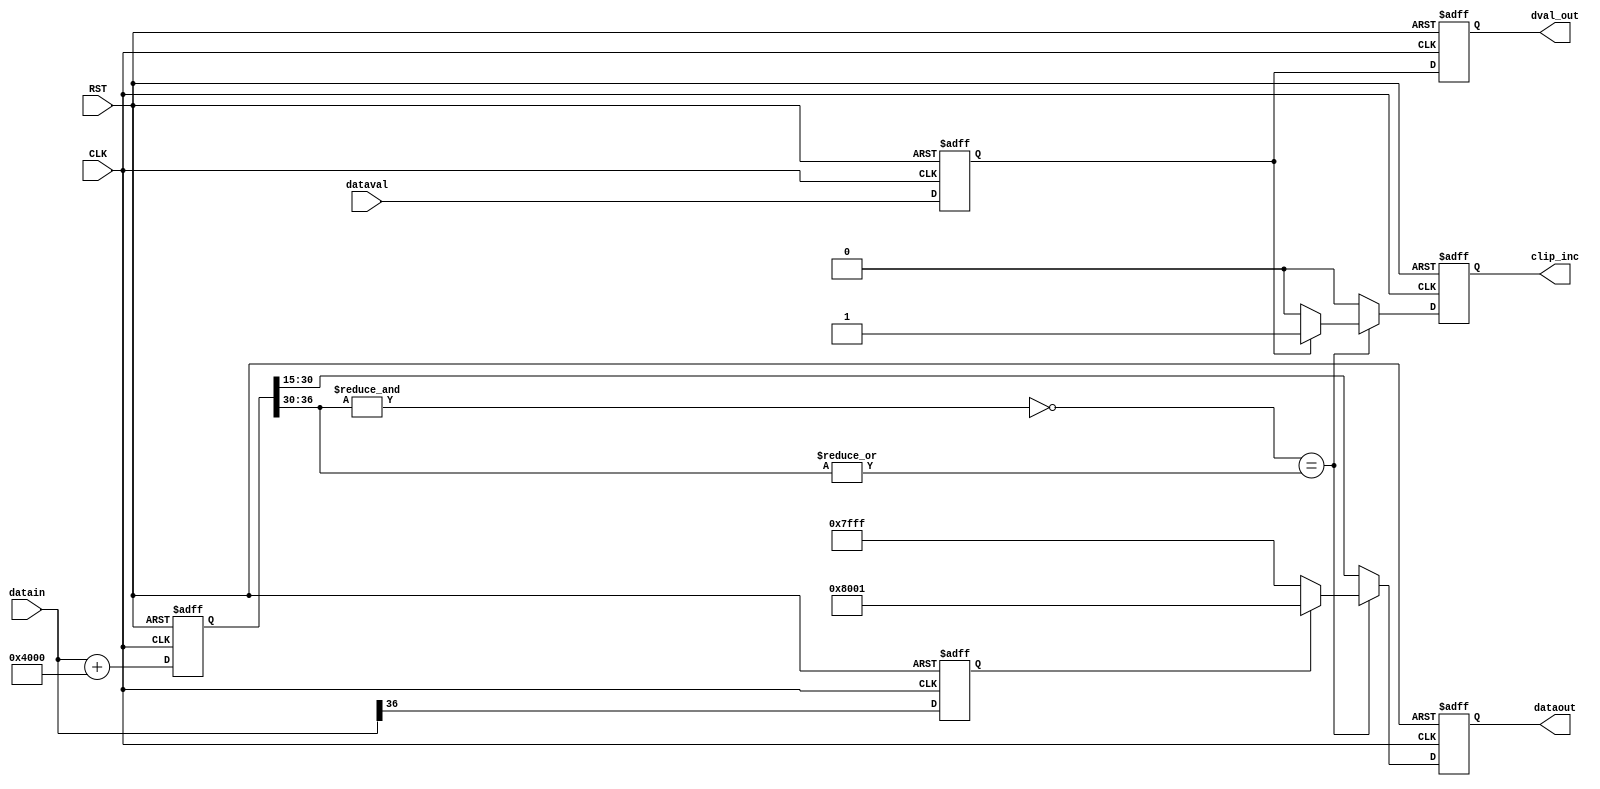
module FinitePrecRndNrst
#(
  parameter   C_IN_SZ=37,
              C_OUT_SZ=16,
              C_FRAC_SZ=15      
)
(   input wire                         CLK,
    input wire                         RST,
    input wire  signed [C_IN_SZ-1:0]   datain,
    input wire                         dataval,
    output wire signed [C_OUT_SZ-1:0]  dataout,                        
    output reg                         clip_inc,
    output reg                         dval_out
 );
   wire                                 sign;
   wire signed [C_IN_SZ-1:0]            rc_val;
   reg  signed [C_IN_SZ-1:0]            data_round_f;
   wire signed [C_IN_SZ-C_FRAC_SZ-1:0]  data_round;
   reg  signed [C_OUT_SZ-1:0]           data_rs;
   reg                                  dataval_d1;     
   reg                                  sign_d1;
   assign sign = datain[C_IN_SZ-1];
   assign rc_val = { {(C_IN_SZ-C_FRAC_SZ){1'b0}}, 1'b1, {(C_FRAC_SZ-1){1'b0}} };
   always @(posedge CLK or posedge RST)
    if(RST)
      begin
        data_round_f <= 'b0;
        dataval_d1   <= 1'b0;
        sign_d1      <= 1'b0;
        dval_out     <= 1'b0;
      end
    else
      begin
        data_round_f <= datain + rc_val;
        dataval_d1   <= dataval;
        dval_out     <= dataval_d1;
        sign_d1      <= sign;
      end
   assign data_round = data_round_f[C_IN_SZ-1:C_FRAC_SZ];
   always @(posedge CLK or posedge RST)
    if(RST)
      begin
        data_rs  <= 'b0;
        clip_inc <= 1'b0; 
      end
    else
      begin
         clip_inc <= 1'b0;
         if( 
             (
               (C_IN_SZ-C_FRAC_SZ != C_OUT_SZ) &&
               (~(&data_round[C_IN_SZ-C_FRAC_SZ-1 : C_OUT_SZ-1])) ==  
               (|(data_round[C_IN_SZ-C_FRAC_SZ-1 : C_OUT_SZ-1]))
             )
           || 
             (
               (C_IN_SZ-C_FRAC_SZ == C_OUT_SZ) &&
               (data_round[C_IN_SZ-C_FRAC_SZ-1] != sign_d1) &&
               data_round != {C_OUT_SZ{1'b0}}
             )
           )
           begin
             if(dataval_d1)
               clip_inc <= 1'b1;
             if(sign_d1)
               data_rs  <= -(2**(C_OUT_SZ)/2)+1;
             else
               data_rs  <= (2**(C_OUT_SZ)/2)-1;             
           end
         else
           data_rs <= data_round[C_OUT_SZ-1:0];
      end
   assign dataout = data_rs;
endmodule